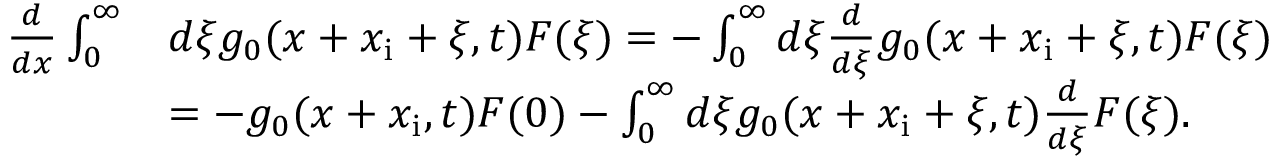
\begin{array} { r l } { \frac { d } { d x } \int _ { 0 } ^ { \infty } } & { d \xi g _ { 0 } ( x + x _ { \mathrm { i } } + \xi , t ) F ( \xi ) = - \int _ { 0 } ^ { \infty } d \xi \frac { d } { d \xi } g _ { 0 } ( x + x _ { \mathrm { i } } + \xi , t ) F ( \xi ) } \\ & { = - g _ { 0 } ( x + x _ { \mathrm { i } } , t ) F ( 0 ) - \int _ { 0 } ^ { \infty } d \xi g _ { 0 } ( x + x _ { \mathrm { i } } + \xi , t ) \frac { d } { d \xi } F ( \xi ) . } \end{array}